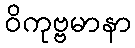
ဝိကုဗ္ဗမာနာ